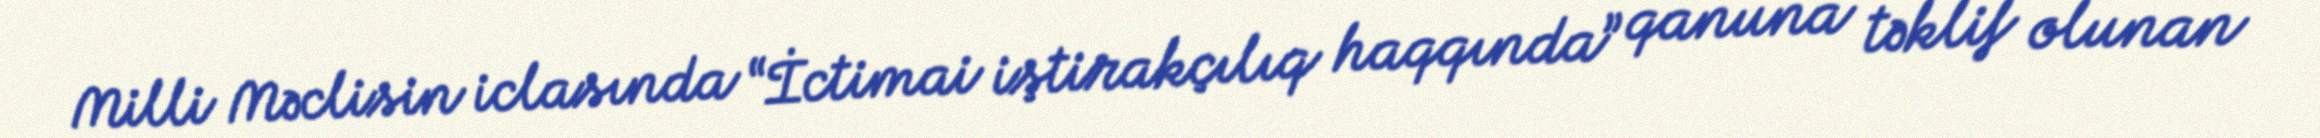
Milli Məclisin iclasında “İctimai iştirakçılıq haqqında” qanuna təklif olunan